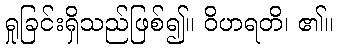
ရှုခြင်းရှိသည်ဖြစ်၍။ ဝိဟရတိ၊ ၏။